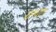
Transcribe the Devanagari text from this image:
ग्रन्थात